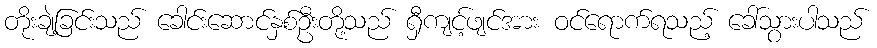
တိုးချဲ့ခြင်းသည် ခေါင်းဆောင်နှစ်ဦးတို့သည် ရှီကျင့်ဖျင်အား ဝင်ရောက်ရသည့် ခေါ်သွားပါသည်